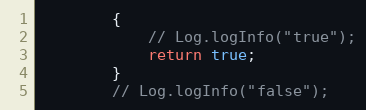
Language: Java
        {
            // Log.logInfo("true");
            return true;
        }
        // Log.logInfo("false");